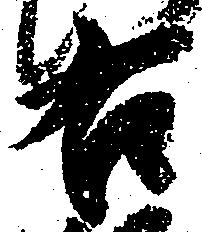
右